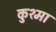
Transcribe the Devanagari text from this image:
कुश्‍मा